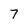
Character: 7